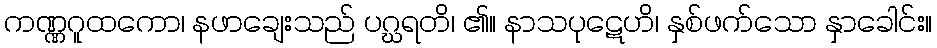
ကဏ္ဏဂူထကော၊ နဖာချေးသည် ပဂ္ဃရတိ၊ ၏။ နာသပုဋေဟိ၊ နှစ်ဖက်သော နှာခေါင်း။